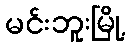
မင်းဘူးမြို့